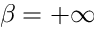
\beta = + \infty